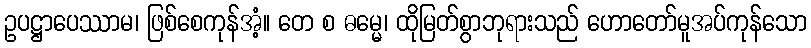
ဥပဋ္ဌာပေဿာမ၊ ဖြစ်စေကုန်အံ့။ တေ စ ဓမ္မေ၊ ထိုမြတ်စွာဘုရားသည် ဟောတော်မူအပ်ကုန်သော